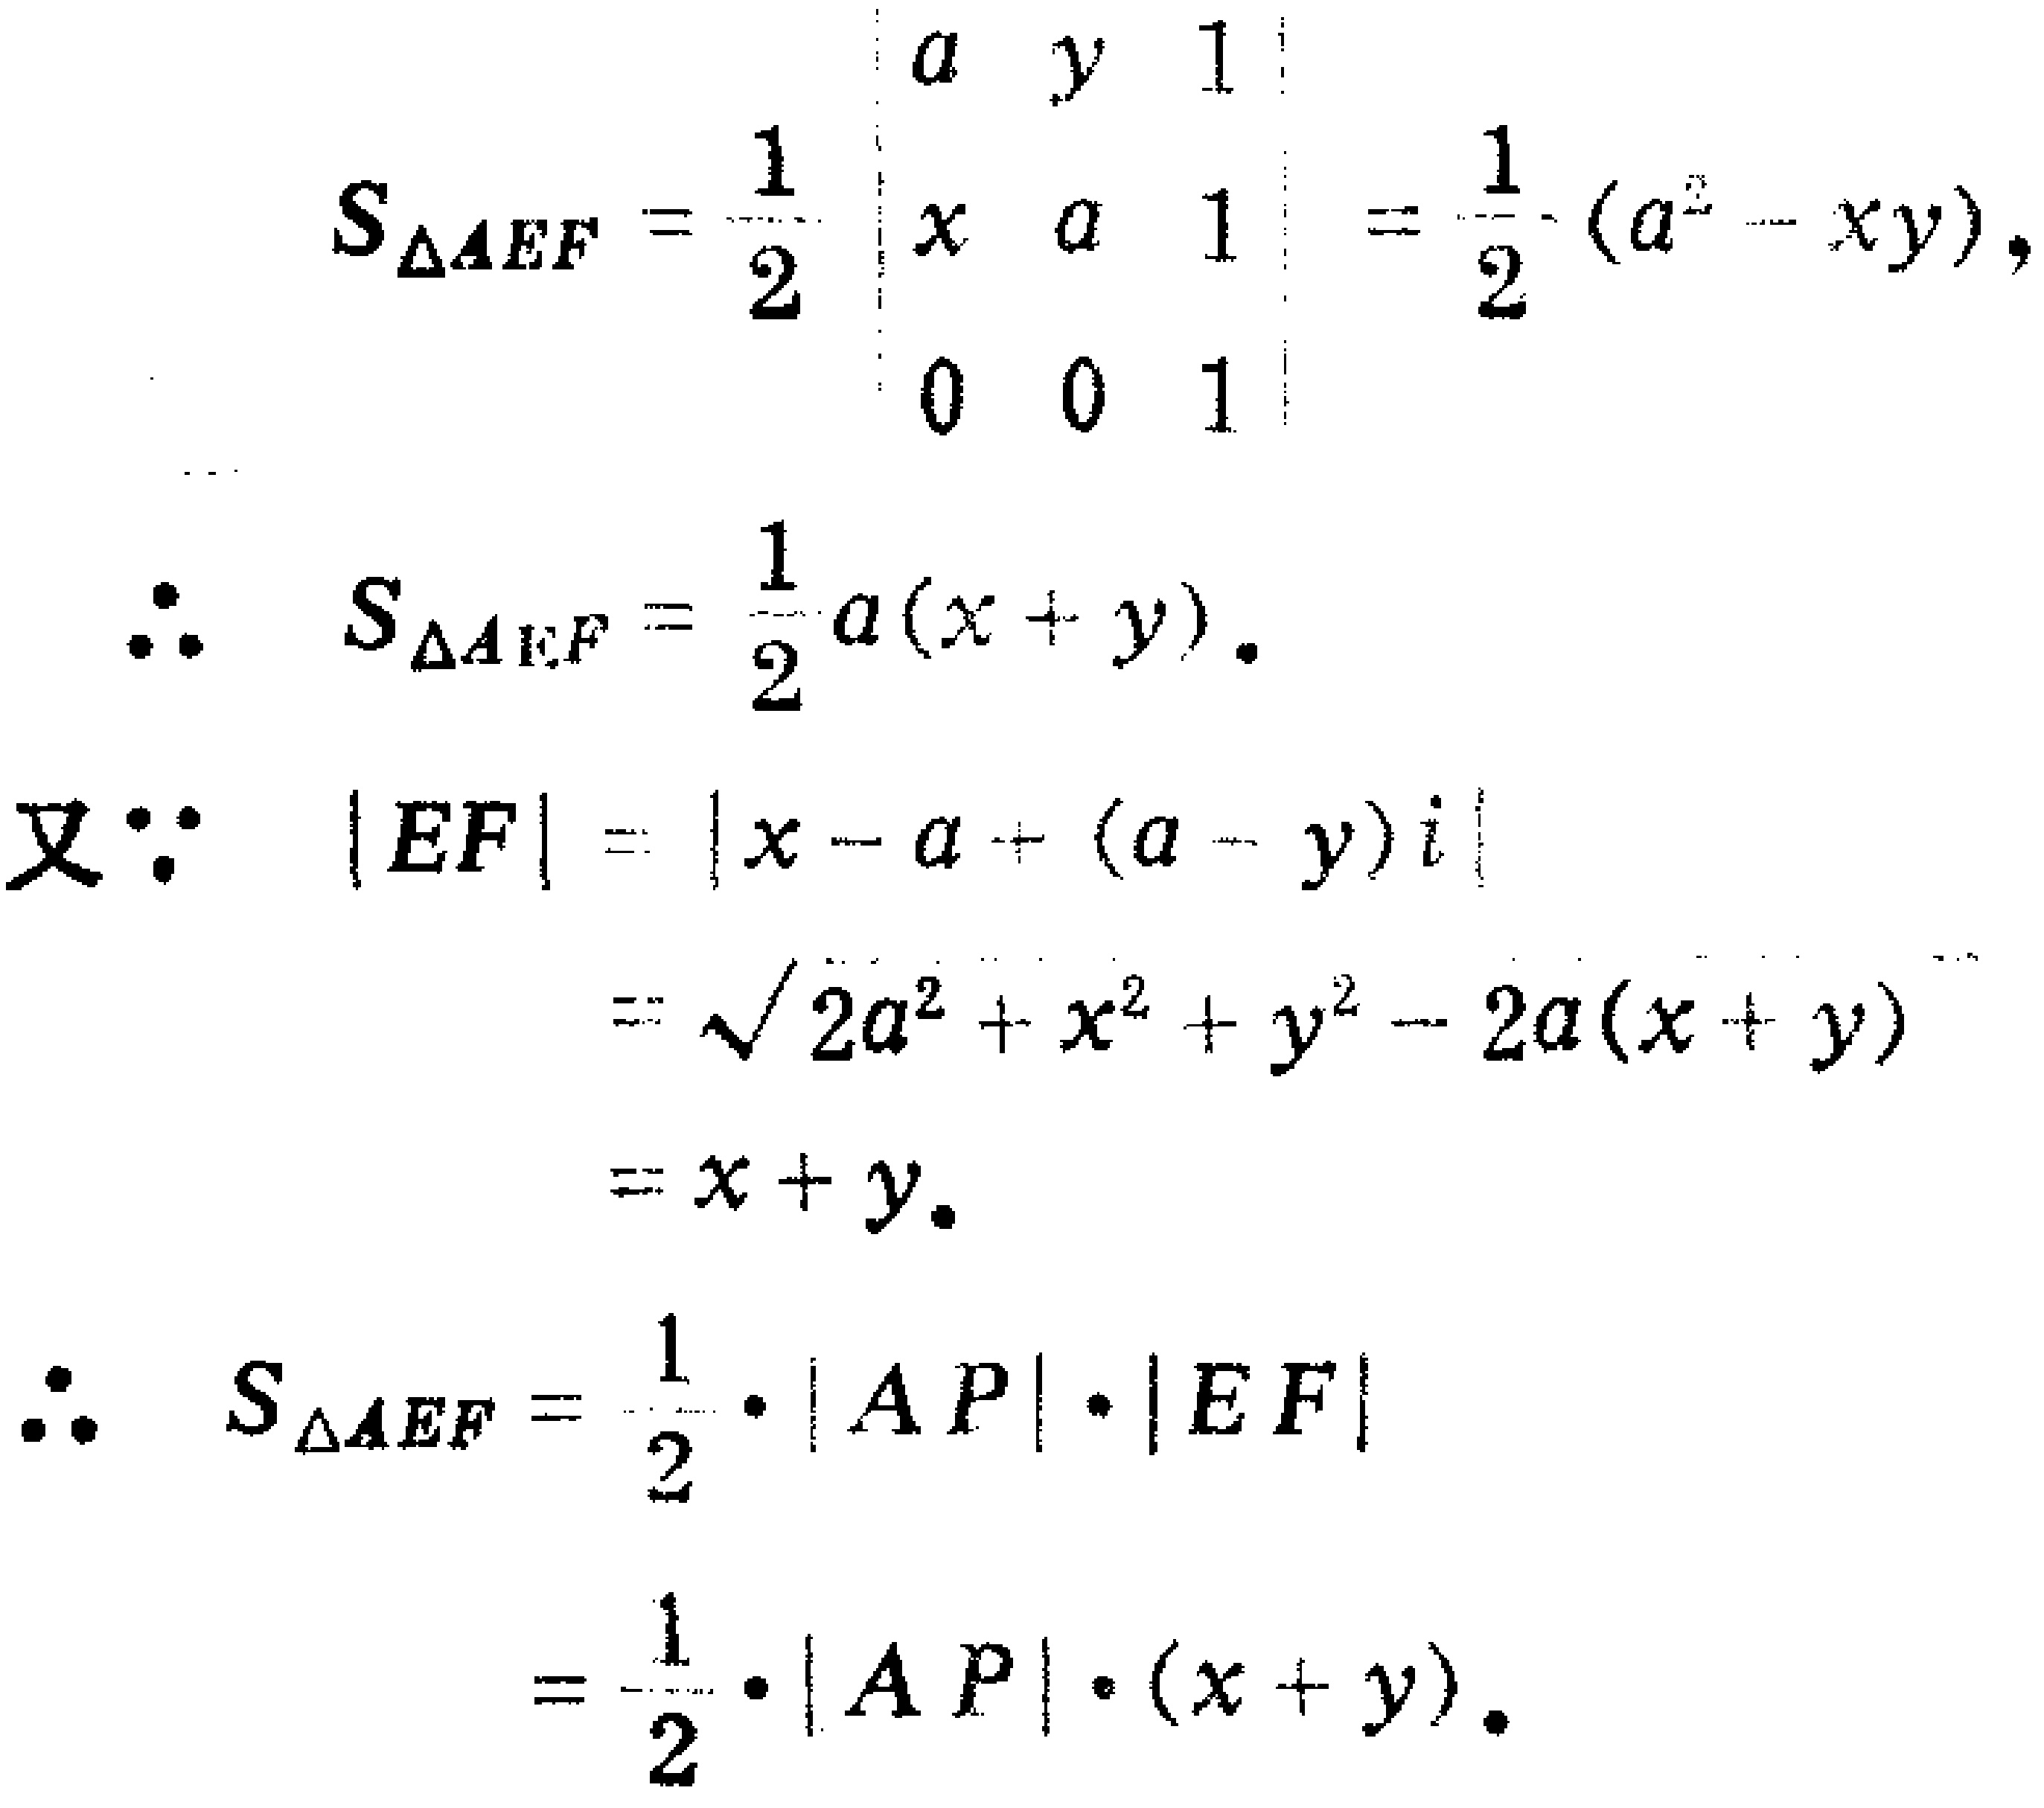
\[

\begin{align*}

S_{\triangle AEF}&=\frac{1}{2}\begin{vmatrix}

a&y&1\\

x&a&1\\

0&0&1

\end{vmatrix}=\frac{1}{2}(a^{2}-xy),\\

\therefore\ S_{\triangle AEF}&=\frac{1}{2}a(x + y).\\

\text{又}\because\ |EF|&=|x - a+(a - y)i|\\

&=\sqrt{2a^{2}+x^{2}+y^{2}-2a(x + y)}\\

&=x + y.\\

\therefore\ S_{\triangle AEF}&=\frac{1}{2}\cdot|AP|\cdot|EF|\\

&=\frac{1}{2}\cdot|AP|\cdot(x + y).

\end{align*}

\]